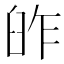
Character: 𦥬